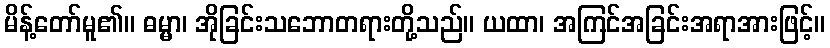
မိန့်တော်မူ၏။ ဓမ္မာ၊ အိုခြင်းသဘောတရားတို့သည်။ ယထာ၊ အကြင်အခြင်းအရာအားဖြင့်။